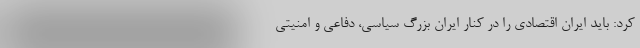
کرد: باید ایران اقتصادی را در کنار ایران بزرگ سیاسی، دفاعی و امنیتی